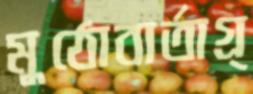
মুঠোবার্তাগ্র্